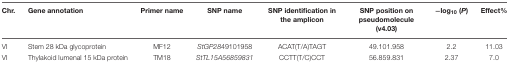
<table><thead><tr><td><b>Chr.</b></td><td><b>Gene annotation</b></td><td><b>Primer name</b></td><td><b>SNP name</b></td><td><b>SNP identification in the amplicon</b></td><td><b>SNP position on pseudomolecule (v4.03)</b></td><td><b>-log<sub>10</sub> (<i>P</i>)</b></td><td><b>Effect%</b></td></tr></thead><tbody><tr><td>VI</td><td>Stem 28 kDa glycoprotein</td><td>MF12</td><td><i>StGP28</i>49101958</td><td>ACAT(T/A)TAGT</td><td>49.101.958</td><td>2.2</td><td>11.03</td></tr><tr><td>VI</td><td>Thylakoid lumenal 15 kDa protein</td><td>TM18</td><td><i>StTL15A56859831</i></td><td>CCTT(T/C)CCT</td><td>56.859.831</td><td>2.37</td><td>7.0</td></tr></tbody></table>